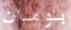
بومان